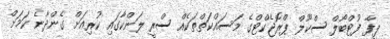
ފީފާ ފުޓްބޯލް ސްކޫލް ޕްރޮޖެކްޓްގެ މަސައްކަތްތަކެއް ސްރީ ލަންކާގައި ކުރިއަށް ގެންދާނެ ކަމަށް